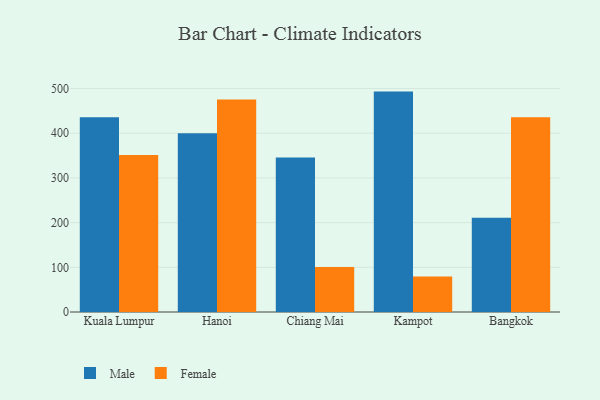
{"axis": {"x": "City", "y": "Revenue (USD Million)"}, "legend": ["Female", "Male"], "data": [{"x": "Kuala Lumpur", "y": 435.7, "type": "Male"}, {"x": "Kuala Lumpur", "y": 351.4, "type": "Female"}, {"x": "Hanoi", "y": 400.0, "type": "Male"}, {"x": "Hanoi", "y": 475.5, "type": "Female"}, {"x": "Chiang Mai", "y": 345.6, "type": "Male"}, {"x": "Chiang Mai", "y": 100.5, "type": "Female"}, {"x": "Kampot", "y": 493.1, "type": "Male"}, {"x": "Kampot", "y": 79.3, "type": "Female"}, {"x": "Bangkok", "y": 210.9, "type": "Male"}, {"x": "Bangkok", "y": 435.5, "type": "Female"}]}